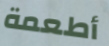
أطعمة